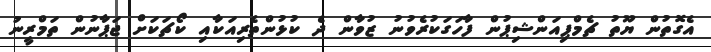
އެގޮތުން ޔޫތު ޗެމްޕިއަންޝިޕުން ފާހަގަކުރެވުނު ޒުވާން ދެ ކުޅުންތެރިއަކާއި ކޯޗަކަށް ޖަޕާނުން ތަމްރީނު